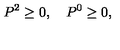
P ^ { 2 } \ge 0 , \quad P ^ { 0 } \ge 0 ,